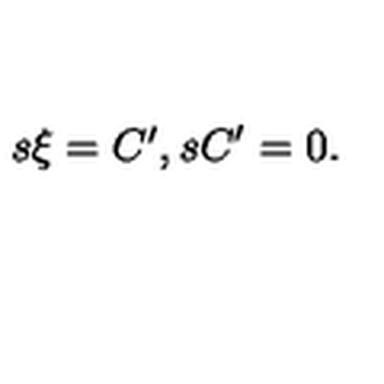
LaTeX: \begin{matrix} { s \xi = C ^ { \prime } , } & { s C ^ { \prime } = 0 . } \\ \end{matrix}